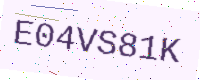
Text: E04VS81K